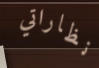
نظاراتي